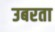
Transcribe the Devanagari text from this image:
उबरता